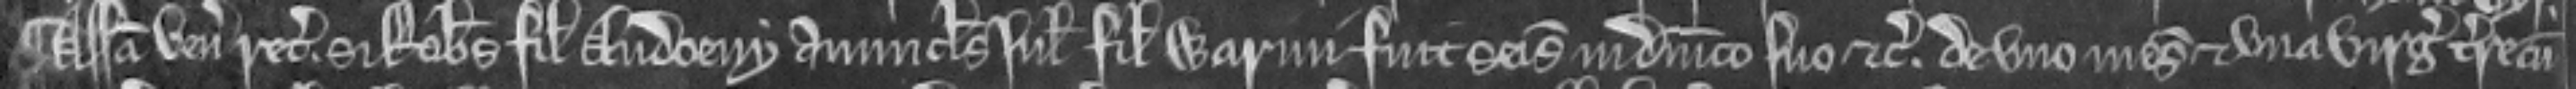
¶ Assisa venit recognitura si Robertus filius Audoeny avunculus Juliane filie Warini fuit seisitus in dominico suo etc. de uno mesuagio et una virgata terre cum